Indian Medical Review
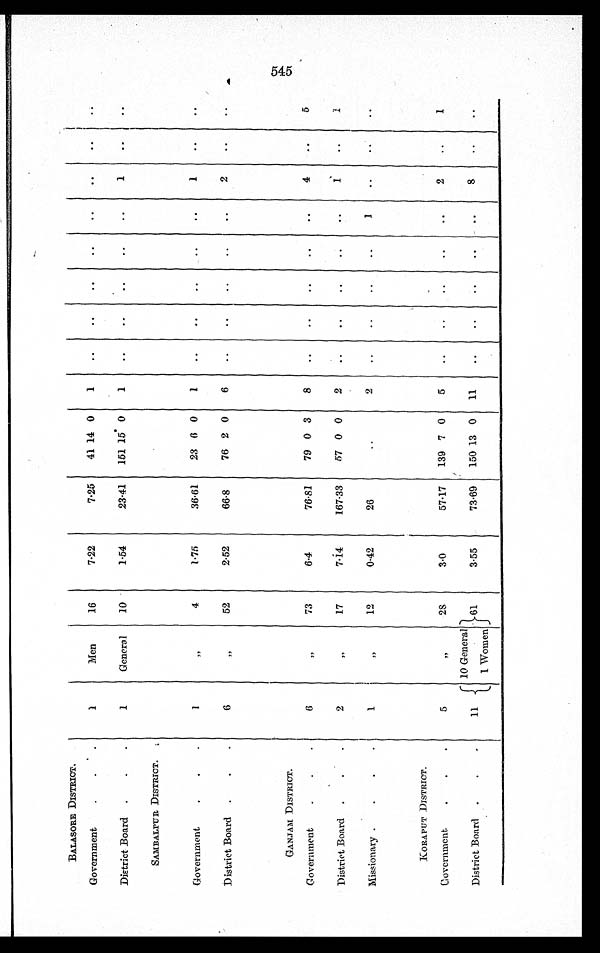
BALASORE DISTRICT.
Government
1
Men
16
7.22
7.25 41 14 0 1
District Board
1
General 10
1.54
23.41 151 15 0
1
1
SAMBALPUR DISTRICT.
Government
1
„
4
1.75
36.61 23 6 0 1
1
District Board
6
„
52
2.52
66.8
76 2 0 6
2
GANJAM DISTRICT.
Government
6
„
73
6.4
76.81
79 0 3 8
4
5
District Board
2
„
17
7.14
167.33 57 0 0 2
1
1
Missionary
1
„
12
0.42
26
2
1
KORAPUT DISTRICT.
Government
5
„
2 8
3.0
57.17 139 7 0 5
2
1
District Board
11
10 General 61
3.55
73.69 150
1 3
0 11
8
1 Women
545